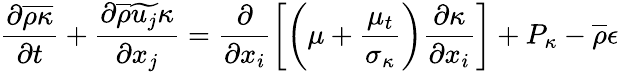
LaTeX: \frac{\partial\overline{{\rho\kappa}}}{\partial t}+\frac{\partial\overline{{\rho}}\widetilde{u_{j}}\kappa}{\partial x_{j}}=\frac{\partial}{\partial x_{i}}\left[\left(\mu+\frac{\mu_{t}}{\sigma_{\kappa}}\right)\frac{\partial\kappa}{\partial x_{i}}\right]+P_{\kappa}-\overline{{\rho}}\epsilon